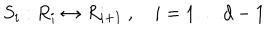
S _ { i } : R _ { i } \leftrightarrow R _ { i + 1 } \ , \quad i = 1 \dots d - 1